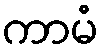
ကာမံ